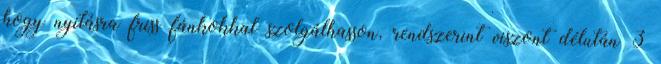
hogy nyitásra friss fánkokkal szolgálhasson, rendszerint viszont délután 3